Civil Veterinary Dept. North-West Frontier Province 1923-32 - 1923-1932
Year: 1923
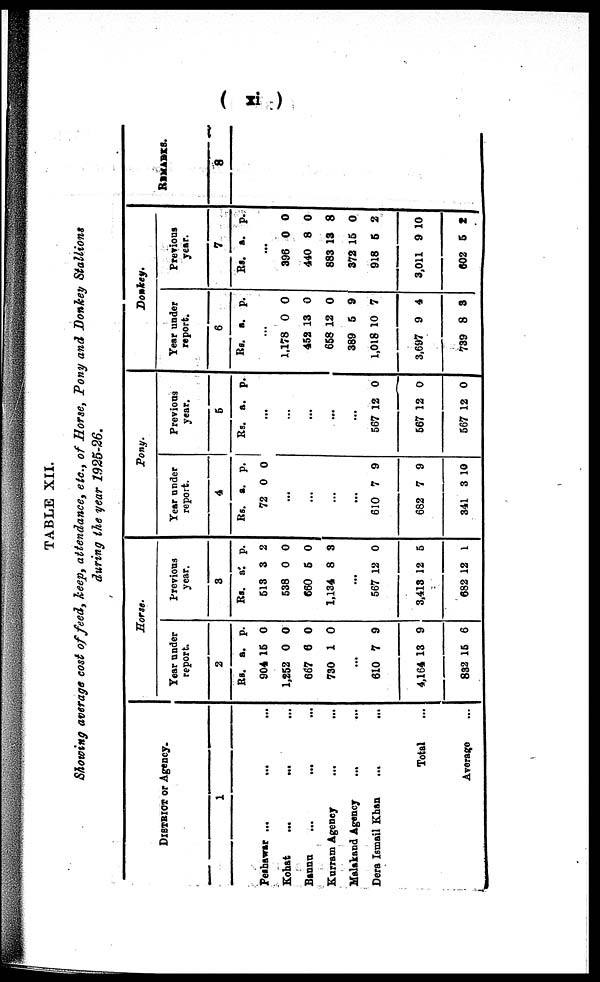
(xi)
TABLE XII.
Showing average cost of feed, keep, attendance, etc., of Horse, Pony and Donkey Stallions
during the year 1925-26.
DISTRICT or Agency.
1
Peshawar ... ... ...
Kohat ... ... ...
Bannu ... ... ...
Kurram Agency ... ...
Malakand Agency ... ...
Dera Ismail Khan ... ...
Total ... ... ...
Average ... ... ...
Horse.
Year under
report.
2
Rs.
904
1,252
667
730
610
4,164
832
a.
15
0
6
1
...
7
13
15
p.
0
0
0
0
9
9
6
Previous
year.
3
Rs.
513
538
660
1,134
567
3,413
682
a.
3
0
5
8
...
12
12
12
p.
2
0
0
3
0
5
1
Pony.
Year under
report.
4
Rs.
72
610
682
341
a.
0
...
...
...
...
7
7
3
p.
0
9
9
10
Previous
year.
5
Rs.
567
567
567
a.
...
...
...
...
...
12
12
12
p.
0
0
0
Donkey.
Year under
report.
6
Rs.
1.178
452
658
389
1,018
3,697
739
a.
...
0
13
12
5
10
9
8
p.
0
0
0
9
7
4
3
Previous
year.
7
Rs.
396
440
883
372
918
3,011
602
a.
...
0
8
13
15
5
9
5 2
p.
0
0
8
0
2
10
REMARKS.
8